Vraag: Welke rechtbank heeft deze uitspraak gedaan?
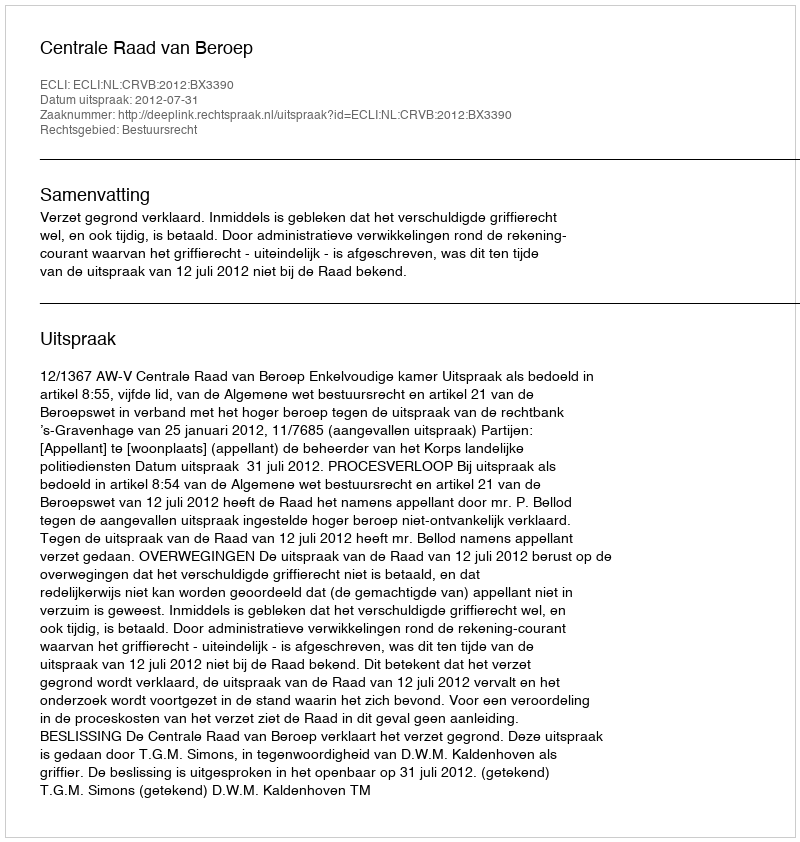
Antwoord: Centrale Raad van Beroep